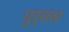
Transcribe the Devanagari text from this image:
पुर्वस